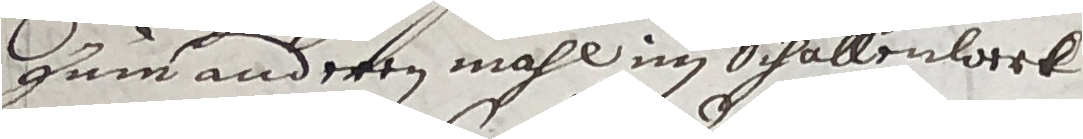
zum anderen mahl im Schallenlork